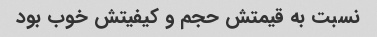
نسبت به قیمتش حجم و کیفیتش خوب بود